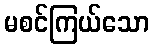
မစင်ကြယ်သော